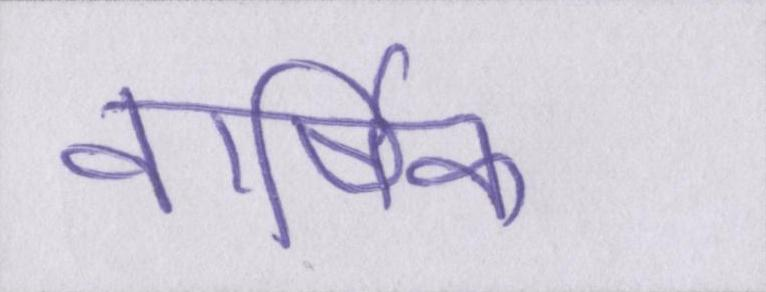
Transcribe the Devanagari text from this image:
वार्षिक